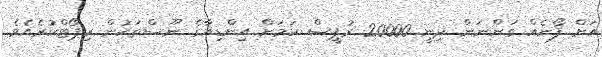
އަށް ފޯނެއް ގަންނަން ދިނީ 20000 ރުޕީސް ކަމަށް އިންޑިއާގެ ނޫސްތަކުން ރިޕޯޓްކުރެއެވެ.